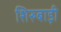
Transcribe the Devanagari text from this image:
शिरुबाड़ी